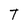
Character: T